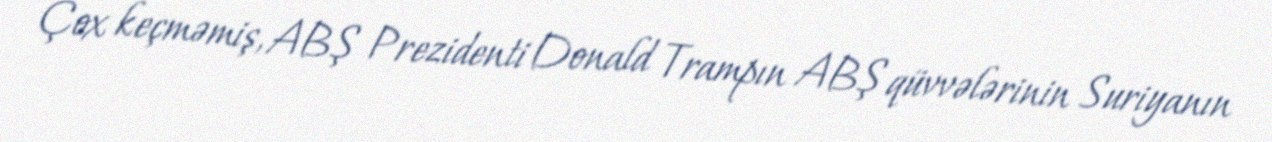
Çox keçməmiş, ABŞ Prezidenti Donald Trampın ABŞ qüvvələrinin Suriyanın